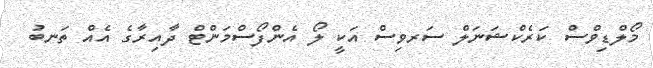
މޯލްޑިވްސް ކަރެކްޝަނަލް ސަރވިސް އަކީ ލޯ އެންފޯސްމަންޓް ދާއިރާގެ އެއް ތަނބު